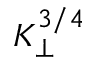
K _ { \perp } ^ { 3 / 4 }